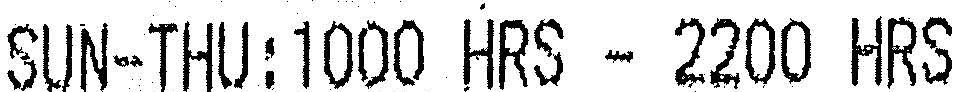
SUN-THU:1000 HRS - 2200 HRS